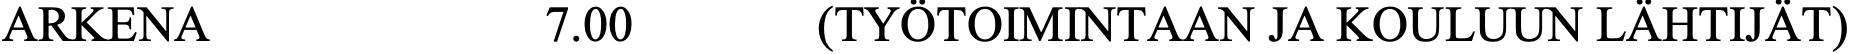
ARKENA            7.00     (TYÖTOIMINTAAN JA KOULUUN LÄHTIJÄT)